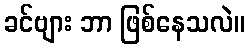
ခင်ဗျား ဘာ ဖြစ်နေသလဲ။